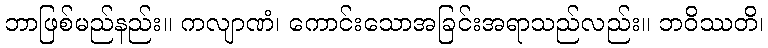
ဘာဖြစ်မည်နည်း။ ကလျာဏံ၊ ကောင်းသောအခြင်းအရာသည်လည်း။ ဘဝိဿတိ၊